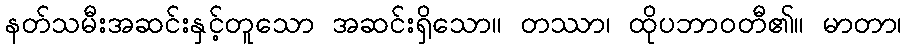
နတ်သမီးအဆင်းနှင့်တူသော အဆင်းရှိသော။ တဿာ၊ ထိုပဘာဝတီ၏။ မာတာ၊